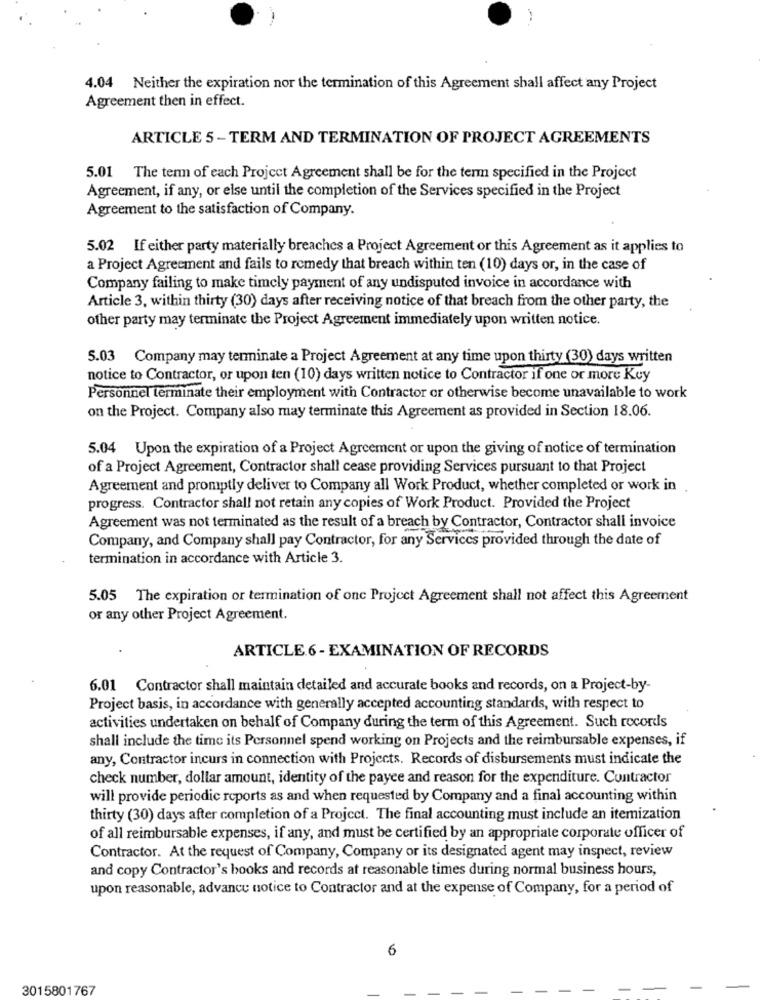
4.04 Neither the expiration nor the termination of this Agreement shall affect any Project
Agreement then in effect.
ARTICLE 5 - TERM AND TERMINATION OF PROJECT AGREEMENTS
5.01 The term of each Project Agreement shall be for the term specified in the Project
Agreement, if any, or else until the completion of the Services specified in the Project
Agreement to the satisfaction of Company.
5.02 If either party materially breaches a Project Agreement or this Agreement as it applies to
a Project Agreement and fails to remedy that breach within ten (10) days or, in the case of
Company failing to make timely payment of any undisputed invoice in accordance with
Article 3, within thirty (30) days after receiving notice of that breach from the other party, the
other party may terminate the Project Agreement immediately upon written notice.
5.03 Company may terminate a Project Agreement at any time upon thirty (30) days written
notice to Contractor, or upon ten (10) days written notice to Contractor if one or more Key
Personnel terminate their employment with Contractor or otherwise become unavailable to work
on the Project. Company also may terminate this Agreement as provided in Section 18.06.
5.04 Upon the expiration of a Project Agreement or upon the giving of notice of termination
of a Project Agreement, Contractor shall cease providing Services pursuant to that Project
Agreement and promptly deliver to Company all Work Product, whether completed or work in
progress. Contractor shall not retain any copies of Work Product. Provided the Project
Agreement was not terminated as the result of a breach by Contractor, Contractor shall invoice
Company, and Company shall pay Contractor, for any Services provided through the date of
termination in accordance with Article 3.
5.05 The expiration or termination of onc Project Agreement shall not affect this Agreement
or any other Project Agreement.
ARTICLE.6 - EXAMINATION OF RECORDS
6.01 Contractor shall maintain detailed and accurate books and records, on a Project-by-
Project basis, in accordance with generally accepted accounting standards, with respect to
activities undertaken on behalf of Company during the term of this Agreement. Such records
shall include the time its Personnel spend working on Projects and the reimbursable expenses, if
any, Contractor incurs in connection with Projects. Records of disbursements must indicate the
check number, dollar amount, identity of the payee and reason for the expenditure. Contractor
will provide periodic reports as and when requested by Company and a final accounting within
thirty (30) days after completion of a Project. The final accounting must include an itemization
of all reimbursable expenses, if any, and must be certified by an appropriate corporate officer of
Contractor. At the request of Company, Company or its designated agent may inspect, review
and copy Contractor's books and records at reasonable times during normal business hours,
upon reasonable, advance notice to Contractor and at the expense of Company, for a period of
6
3015801767